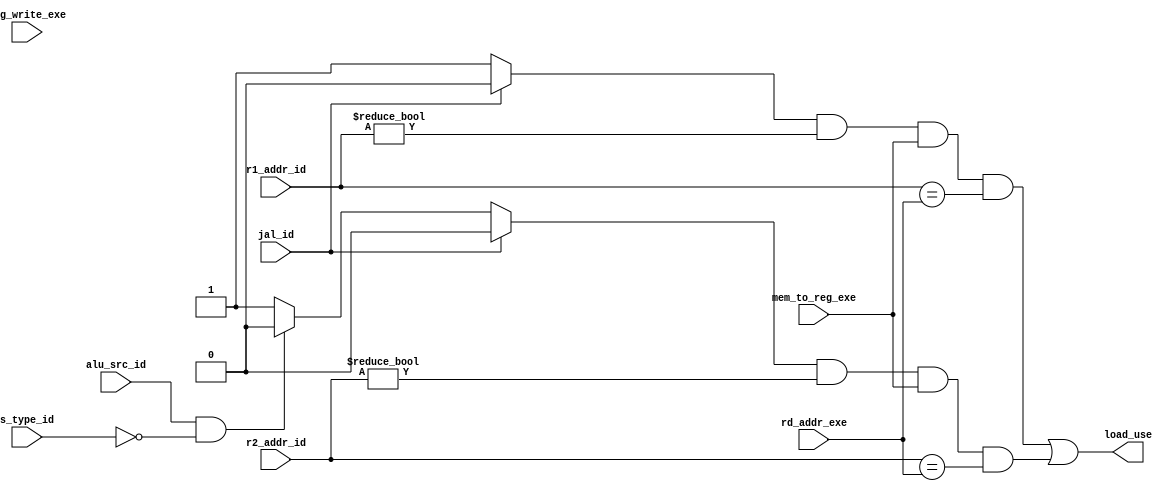
module LoadUseDetector (  // detect in id
    input alu_src_id, s_type_id, jal_id,
    input reg_write_exe, mem_to_reg_exe,
    input [4:0] r1_addr_id, r2_addr_id,
    input [4:0] rd_addr_exe,
    output load_use
);
    wire r1_used, r2_used;

    assign r1_used = (jal_id == 1) ? 0 : 1;
    assign r2_used = (jal_id == 1) ? 0 :
                        (alu_src_id == 1 && s_type_id == 0) ? 0 : 1;

    assign load_use = r1_used && (r1_addr_id != 0) && mem_to_reg_exe && (r1_addr_id == rd_addr_exe) || 
                        r2_used && (r2_addr_id != 0) && mem_to_reg_exe && (r2_addr_id == rd_addr_exe);
endmodule